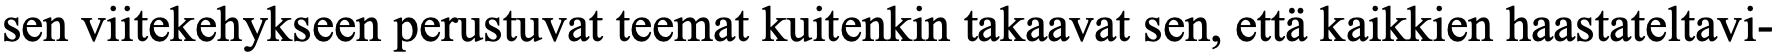
sen viitekehykseen perustuvat teemat kuitenkin takaavat sen, että kaikkien haastateltavi-